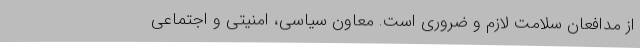
از مدافعان سلامت لازم و ضروری است. معاون سیاسی، امنیتی و اجتماعی